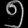
Digit: ၅